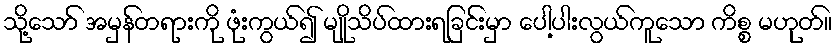
သို့သော် အမှန်တရားကို ဖုံးကွယ်၍ မျိုသိပ်ထားရခြင်းမှာ ပေါ့ပါးလွယ်ကူသော ကိစ္စ မဟုတ်။